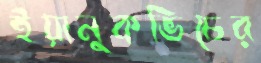
ইয়ানুকভিচের